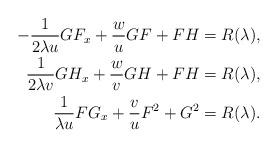
LaTeX: \begin{align*} \displaystyle-\frac{1}{2\lambda u}GF_x+\frac{w}{u}GF+FH=R(\lambda),\\ \displaystyle\frac{1}{2\lambda v}GH_x+\frac{w}{v}GH+FH=R(\lambda),\\ \displaystyle\frac{1}{\lambda u}FG_x+\frac{v}{u}F^2+G^2=R(\lambda). \end{align*}